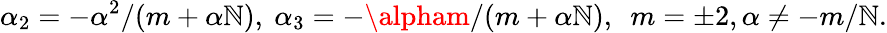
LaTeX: \alpha_{2}=-\alpha^{2}/(m+\alpha\mathbb{N}),~\alpha_{3}=-\alpham/(m+\alpha\mathbb{N}),~~m=\pm2,\alpha\neq-m/\mathbb{N}.